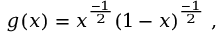
g ( x ) = x ^ { \frac { - 1 } { 2 } } ( 1 - x ) ^ { \frac { - 1 } { 2 } } \ ,